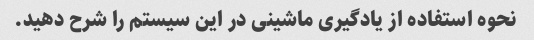
نحوه استفاده از یادگیری ماشینی در این سیستم را شرح دهید.